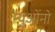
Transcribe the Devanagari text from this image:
म्युओंनो